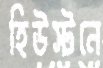
হিউস্টনে